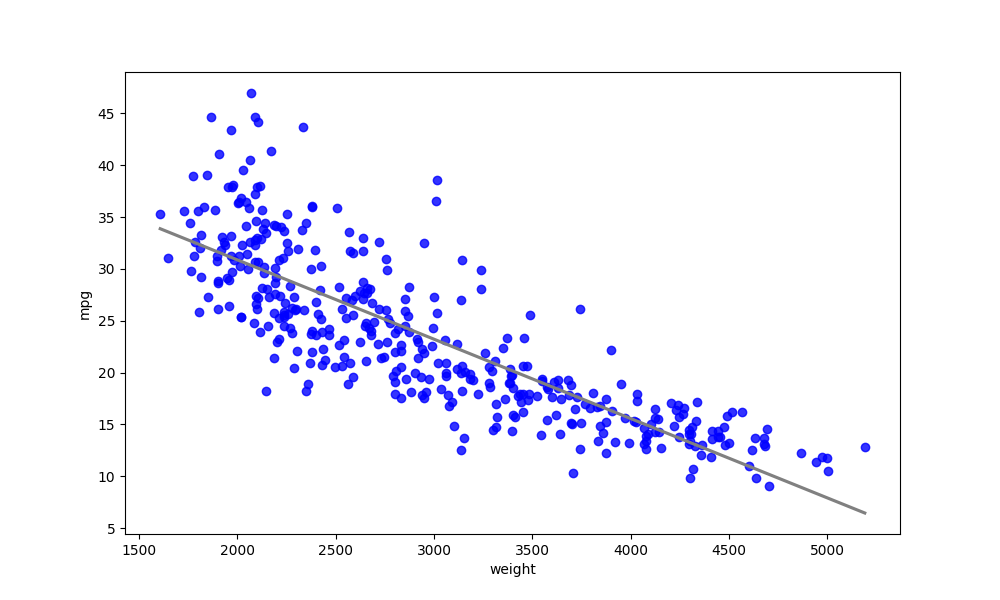
python, seaborn, regplot, order=1, ci=None, scatter_color=blue, line_color=gray